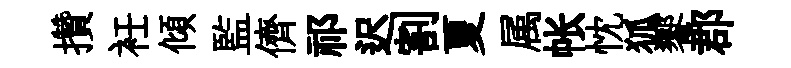
攢衽傾監儕祁迟割夏属帐忱狐饗郡